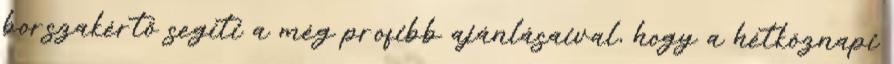
borszakértő segíti a még profibb ajánlásaival, hogy a hétköznapi